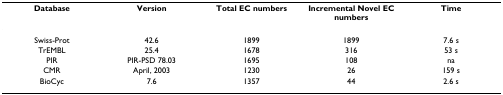
<table><thead><tr><td><b>Database</b></td><td><b>Version</b></td><td><b>Total EC numbers</b></td><td><b>Incremental Novel EC numbers</b></td><td><b>Time</b></td></tr></thead><tbody><tr><td>Swiss-Prot</td><td>42.6</td><td>1899</td><td>1899</td><td>7.6 s</td></tr><tr><td>TrEMBL</td><td>25.4</td><td>1678</td><td>316</td><td>53 s</td></tr><tr><td>PIR</td><td>PIR-PSD 78.03</td><td>1695</td><td>108</td><td>na</td></tr><tr><td>CMR</td><td>April, 2003</td><td>1230</td><td>26</td><td>159 s</td></tr><tr><td>BioCyc</td><td>7.6</td><td>1357</td><td>44</td><td>2.6 s</td></tr></tbody></table>